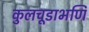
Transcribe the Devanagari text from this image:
कुलचूडाभणि